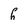
Character: h